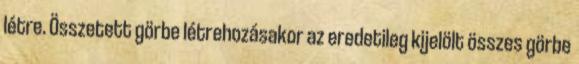
létre. Összetett görbe létrehozásakor az eredetileg kijelölt összes görbe